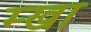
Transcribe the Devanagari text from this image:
म्खा